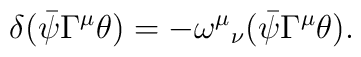
\delta(\bar\psi\Gamma^\mu\theta)=-{\omega^\mu}_\nu(\bar\psi\Gamma^\mu\theta).